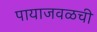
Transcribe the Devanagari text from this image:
पायाजवळची